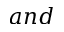
a n d